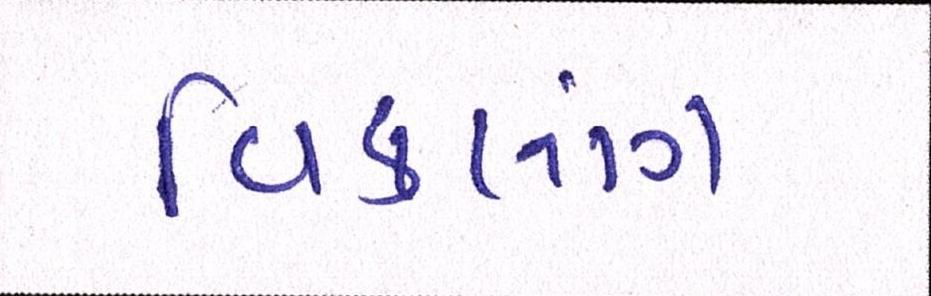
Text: વિકલાંગ